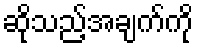
ဆိုသည့်အချက်ကို